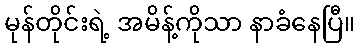
မုန်တိုင်းရဲ့ အမိန့်ကိုသာ နာခံနေပြီ။